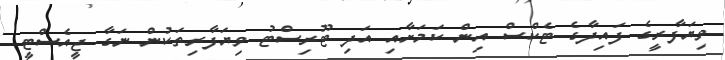
ވިޔަފާރީގެ ފައިދާގެ ޓެކްސް އިން ކަމަށާއި އަދި ޓޫރިސްޓު ވިޔަފާރިތަކުން ނަގާ ޖީއެސްޓީ